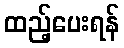
ထည့်ပေးရန်